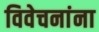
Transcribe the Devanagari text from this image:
विवेचनांना